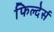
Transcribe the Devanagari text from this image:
फिल्देर्स